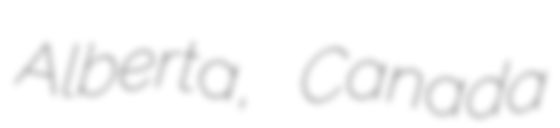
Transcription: Alberta, Canada